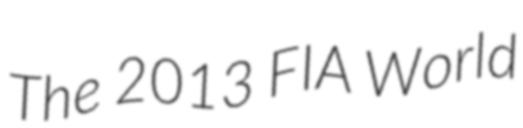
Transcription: The 2013 FIA World